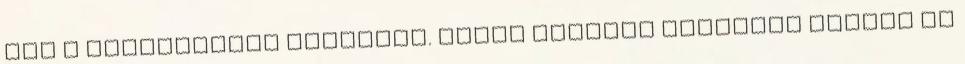
meg a kellemetlen incidens. Cipőt rendelt kisebbik fiának az